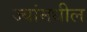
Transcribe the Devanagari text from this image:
ज्यांमधील